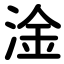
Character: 淦